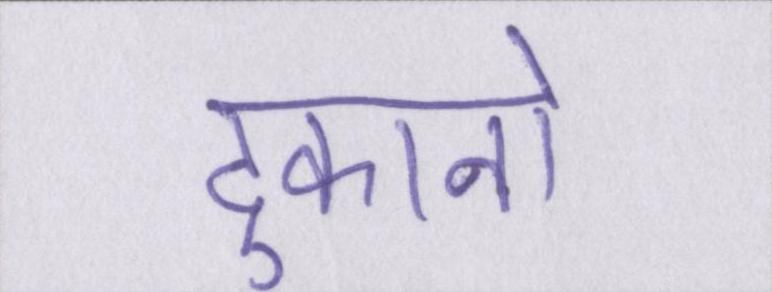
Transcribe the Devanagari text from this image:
दुकानो